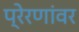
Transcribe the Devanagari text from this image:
प्रेरणांवर